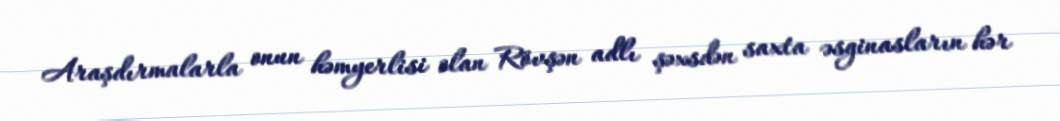
Araşdırmalarla onun həmyerlisi olan Rövşən adlı şəxsdən saxta əsginasların hər